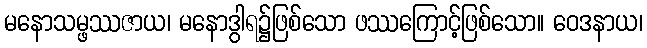
မနောသမ္ဖဿဇာယ၊ မနောဒွါရ၌ဖြစ်သော ဖဿကြောင့်ဖြစ်သော။ ဝေဒနာယ၊